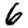
Digit: 6